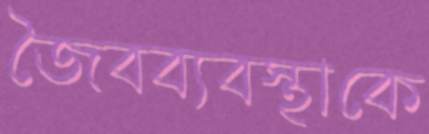
জৈবব্যবস্থাকে